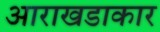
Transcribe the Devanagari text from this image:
आराखडाकार